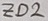
Text: ZD2